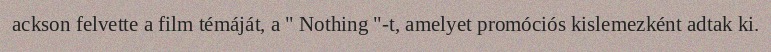
ackson felvette a film témáját, a " Nothing "-t, amelyet promóciós kislemezként adtak ki.